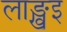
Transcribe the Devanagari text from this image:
लाङ्खुइ